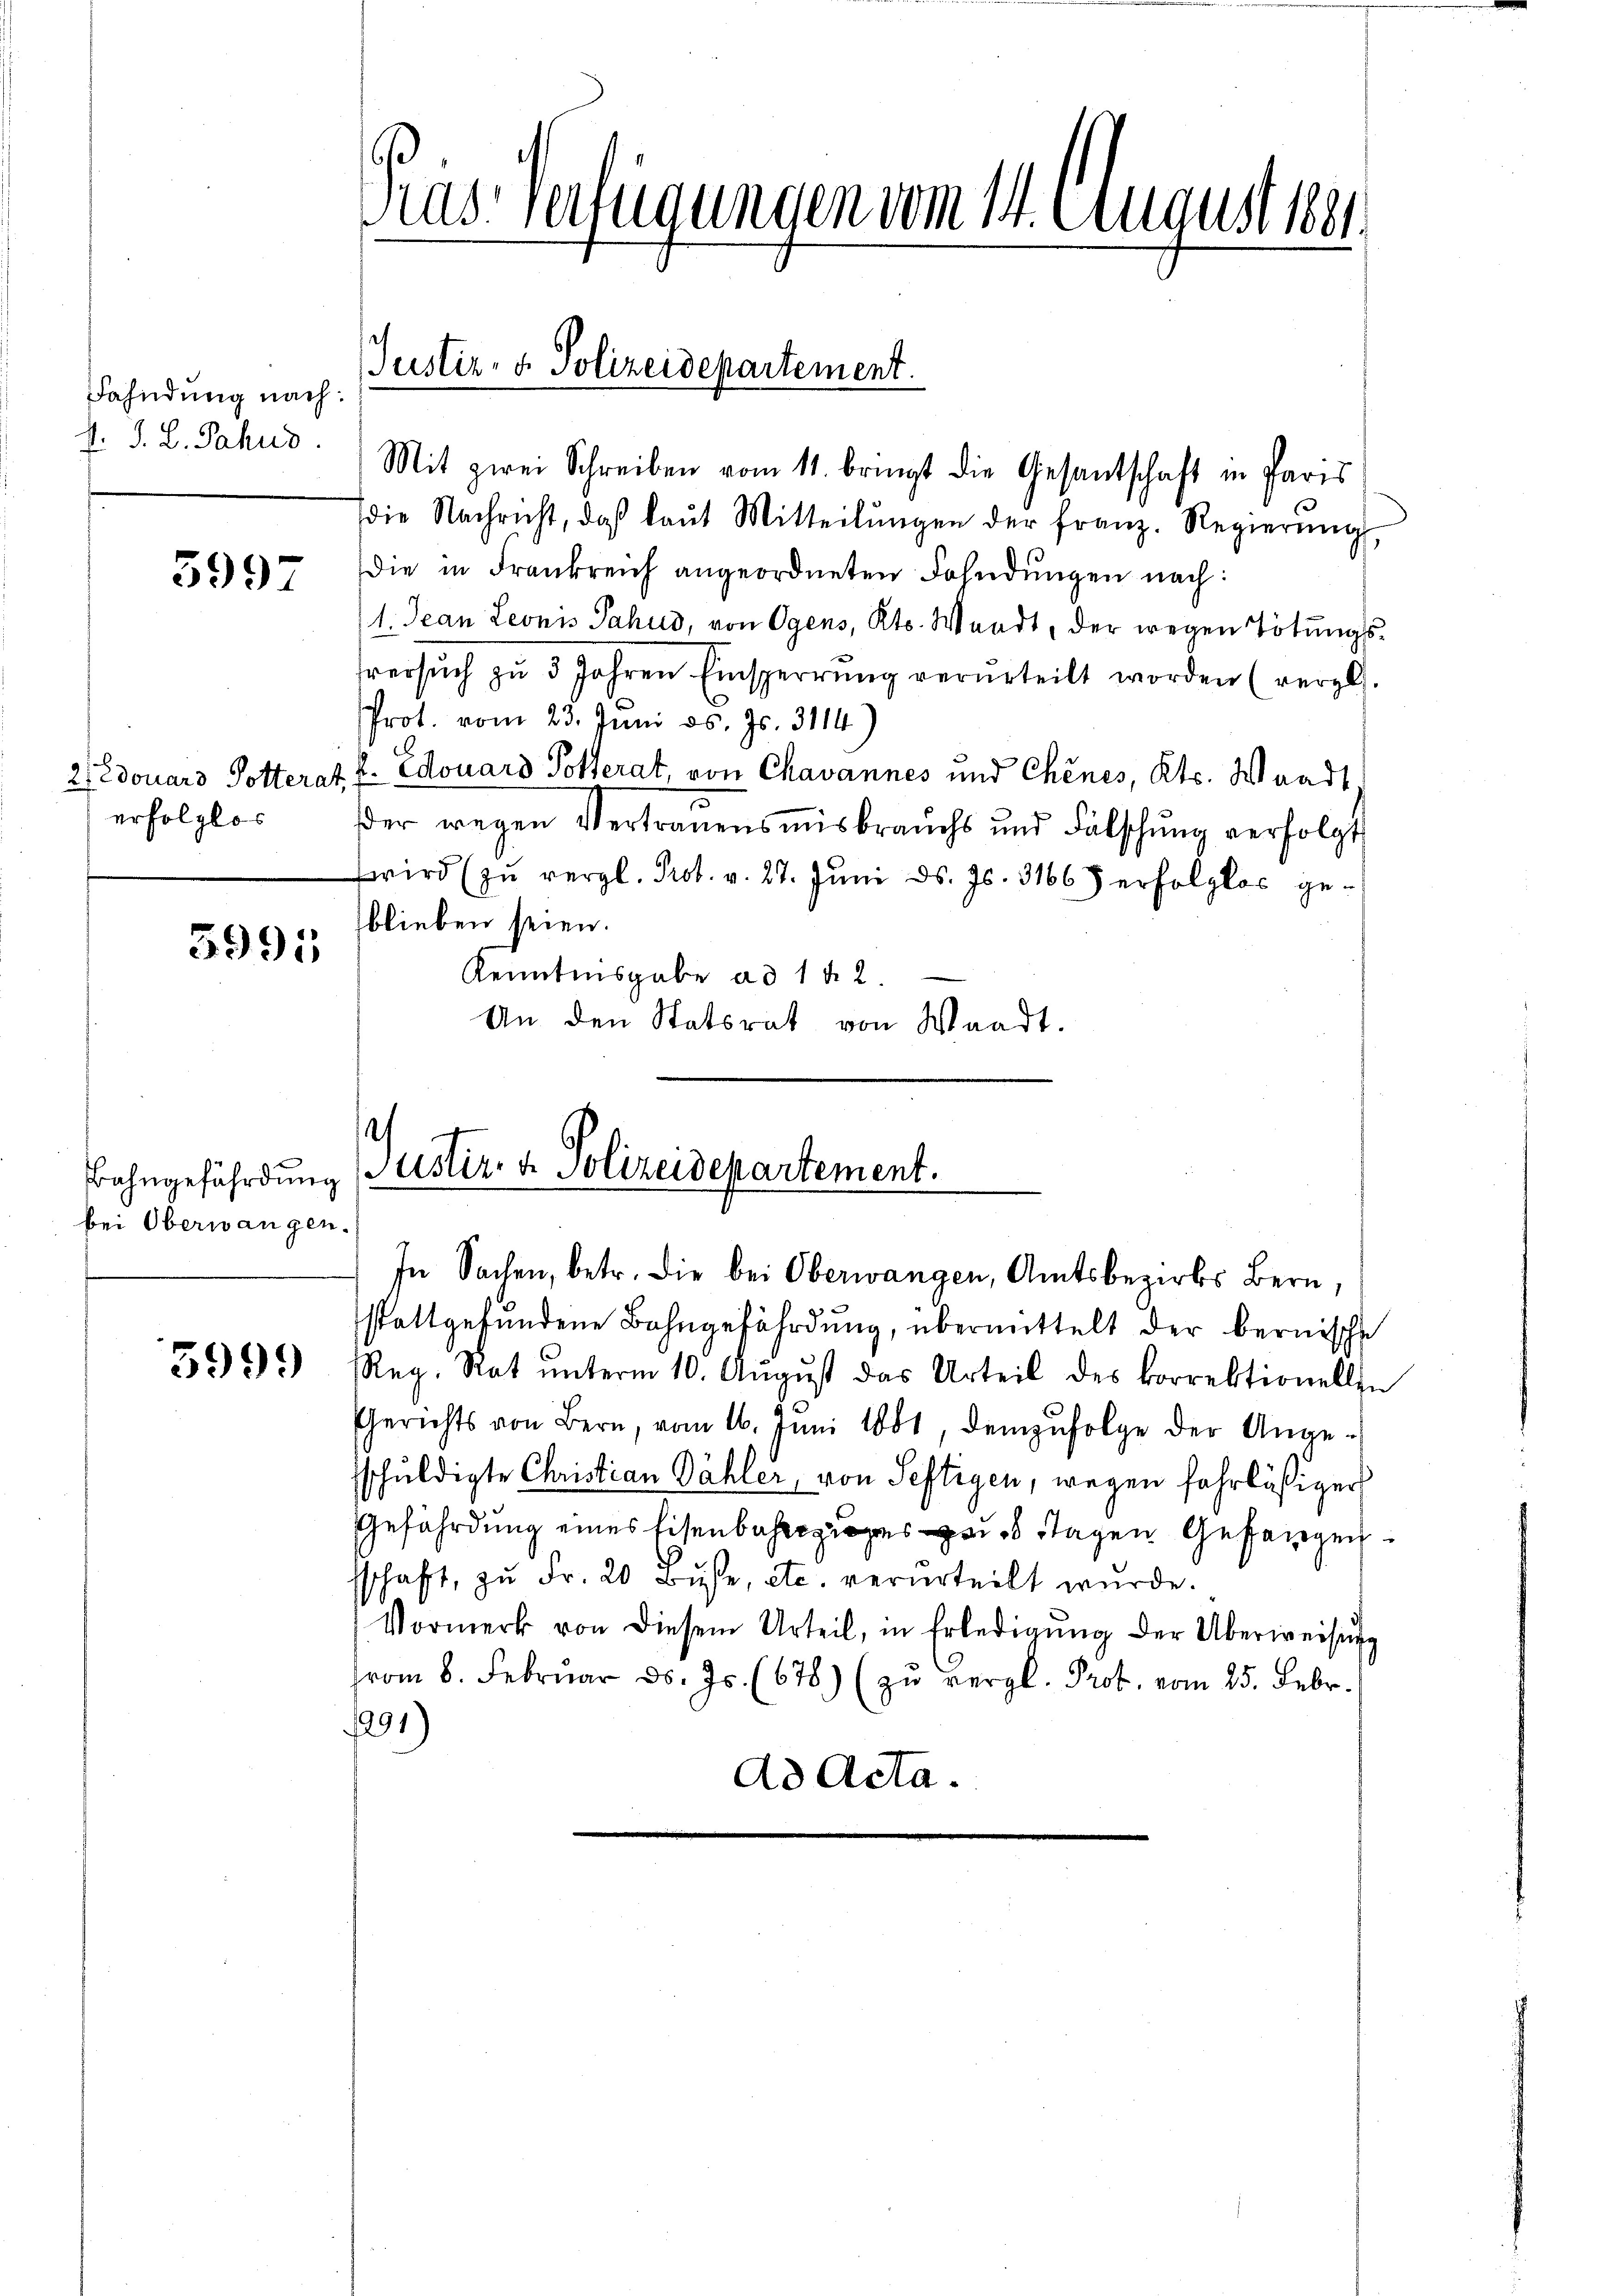
Fahndung nach
J. J. L. Jahre

399-

2)Edouars Potterat
erfolglos

5991

Bahngefährdung
bei Oberwangen.

3999

Das verfügungen vom 14. August 1881

Justiz- & Polizeidepartement.

Mit zwei Schreiben vom 11. bringt die Gesantschaft in Paris
die Nachricht, daß laŭt Mitteilŭngen der franz. Regierŭng,
die in Frankreich angeordneten Fahndungen nach:
1. Jean Leonis Pahus, von Ogens, Kts. Waadt, der wegen Tötungshversuch zu 5 Jahren Einsperrung verurteilt worden (vergl.
Prot. vom 23. Juni d. Js. 3114
44. Edouard Pötterat, von Chavannes und Chenes, Kts. Waadt
der wegen Vertrauensmisbrauchs und Fälschŭng verfolgt
wird zŭ vergl. Prot. v. 27. Jŭni d. Js. 3166) erfolglos geblieben seien.
Kenntnisgabe ad 1 § 2.
An den Statsrat von Waadt.

Juster. v. Polizeidepartement.

schaft, zŭ Fr. 20 Bŭsse, etc. verurteilt wurde.
Vormerk von diesem Urteil, in Erledigŭng der Überweisung
vom 6. Februar d. Js. (678) (zu vergl. Prot. vom 25. Febr.
1291)
Ad Acta.

In Sachen, betr. die bei Oberwangen, Amtsbezirks Bern,
stattgefundene Bahngefährdung, übermittelt der bernische
Reg. Rat ŭnterm 10. Aŭgŭst das Urteil des korrektionellen
Gerichts von Bern, vom 10. Jŭni 1881, demzufolge der Ange-
sschuldigte Christian Dähler, von Seftigen, wegen fahrläßiger
Gefährdung eines Eisenbahres Tagen Gefangen